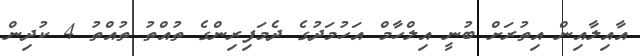
އާއިލާއިން އިތުރަށް ބުނީ އިލްހާމް އަހުމަދުގެ ދެމަފިރިންގެ ތުއްތު ތުއްތު 4 ކުދިން